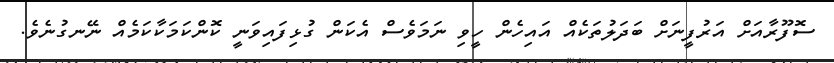
ސޮފޫރާއަށް އަރުފީނަށް ބަދަލުތަކެއް އައިހެން ހީވި ނަމަވެސް އެކަން ގުޅިފައިވަނީ ކޮންކަމަކާކަމެއް ނޭނގުނެވެ.